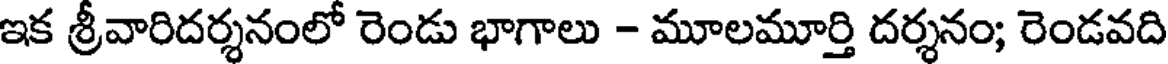
ఇక శ్రీవారిదర్శనంలో రెండు భాగాలు - మూలమూర్తి దర్శనం; రెండవది